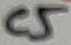
Text: C5